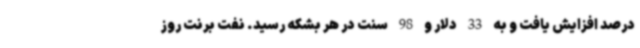
درصد افزایش یافت و به 33 دلار و 98 سنت در هر بشکه رسید. نفت برنت روز